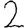
Digit: 2